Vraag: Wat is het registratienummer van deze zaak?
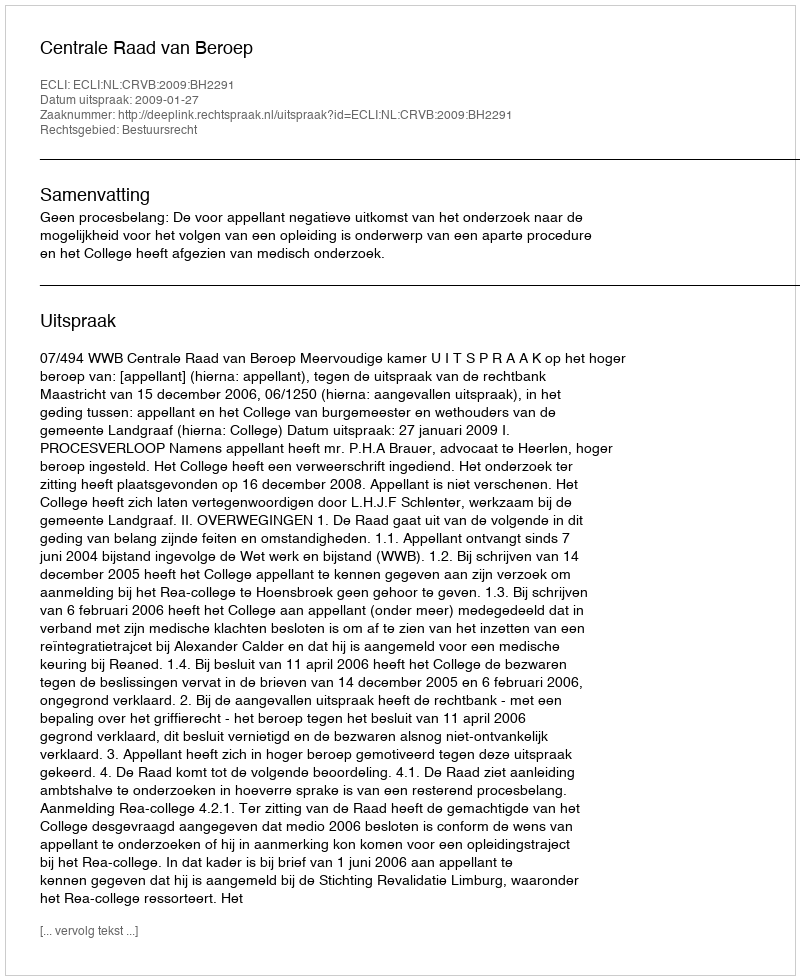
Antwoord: http://deeplink.rechtspraak.nl/uitspraak?id=ECLI:NL:CRVB:2009:BH2291